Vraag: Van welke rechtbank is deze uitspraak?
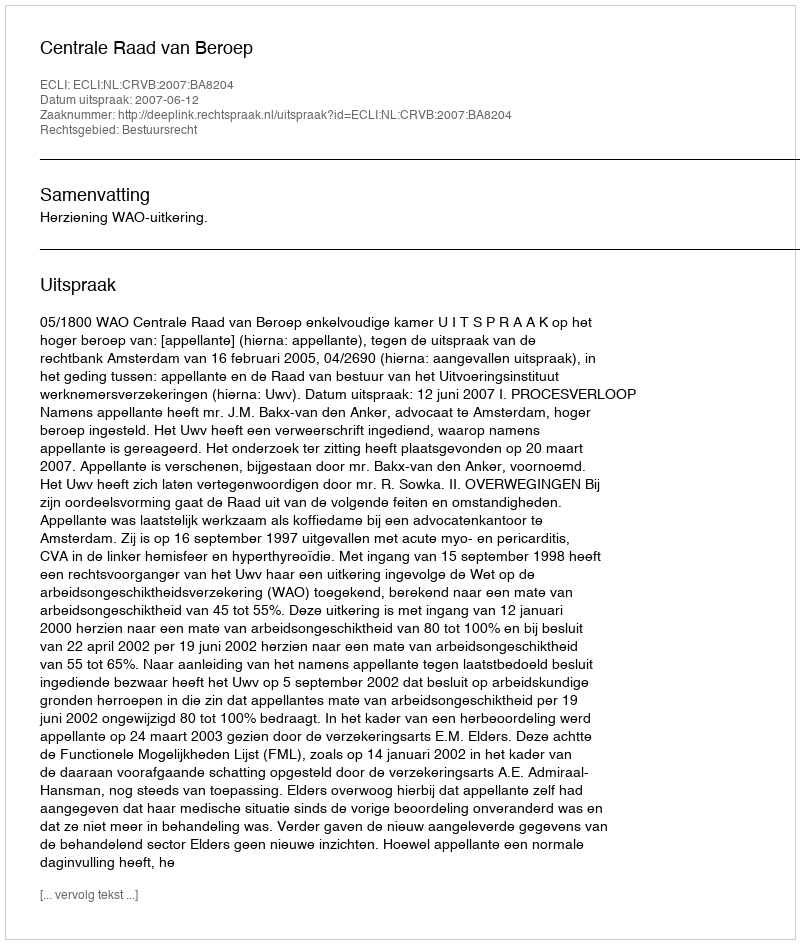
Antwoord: Centrale Raad van Beroep